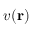
v ( \mathbf { r } )